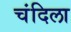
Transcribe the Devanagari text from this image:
चंदिला